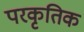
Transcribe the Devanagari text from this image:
परकृतिक